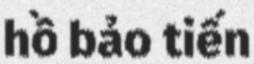
hồ bảo tiến